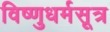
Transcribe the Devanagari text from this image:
विष्णुधर्मसूत्र